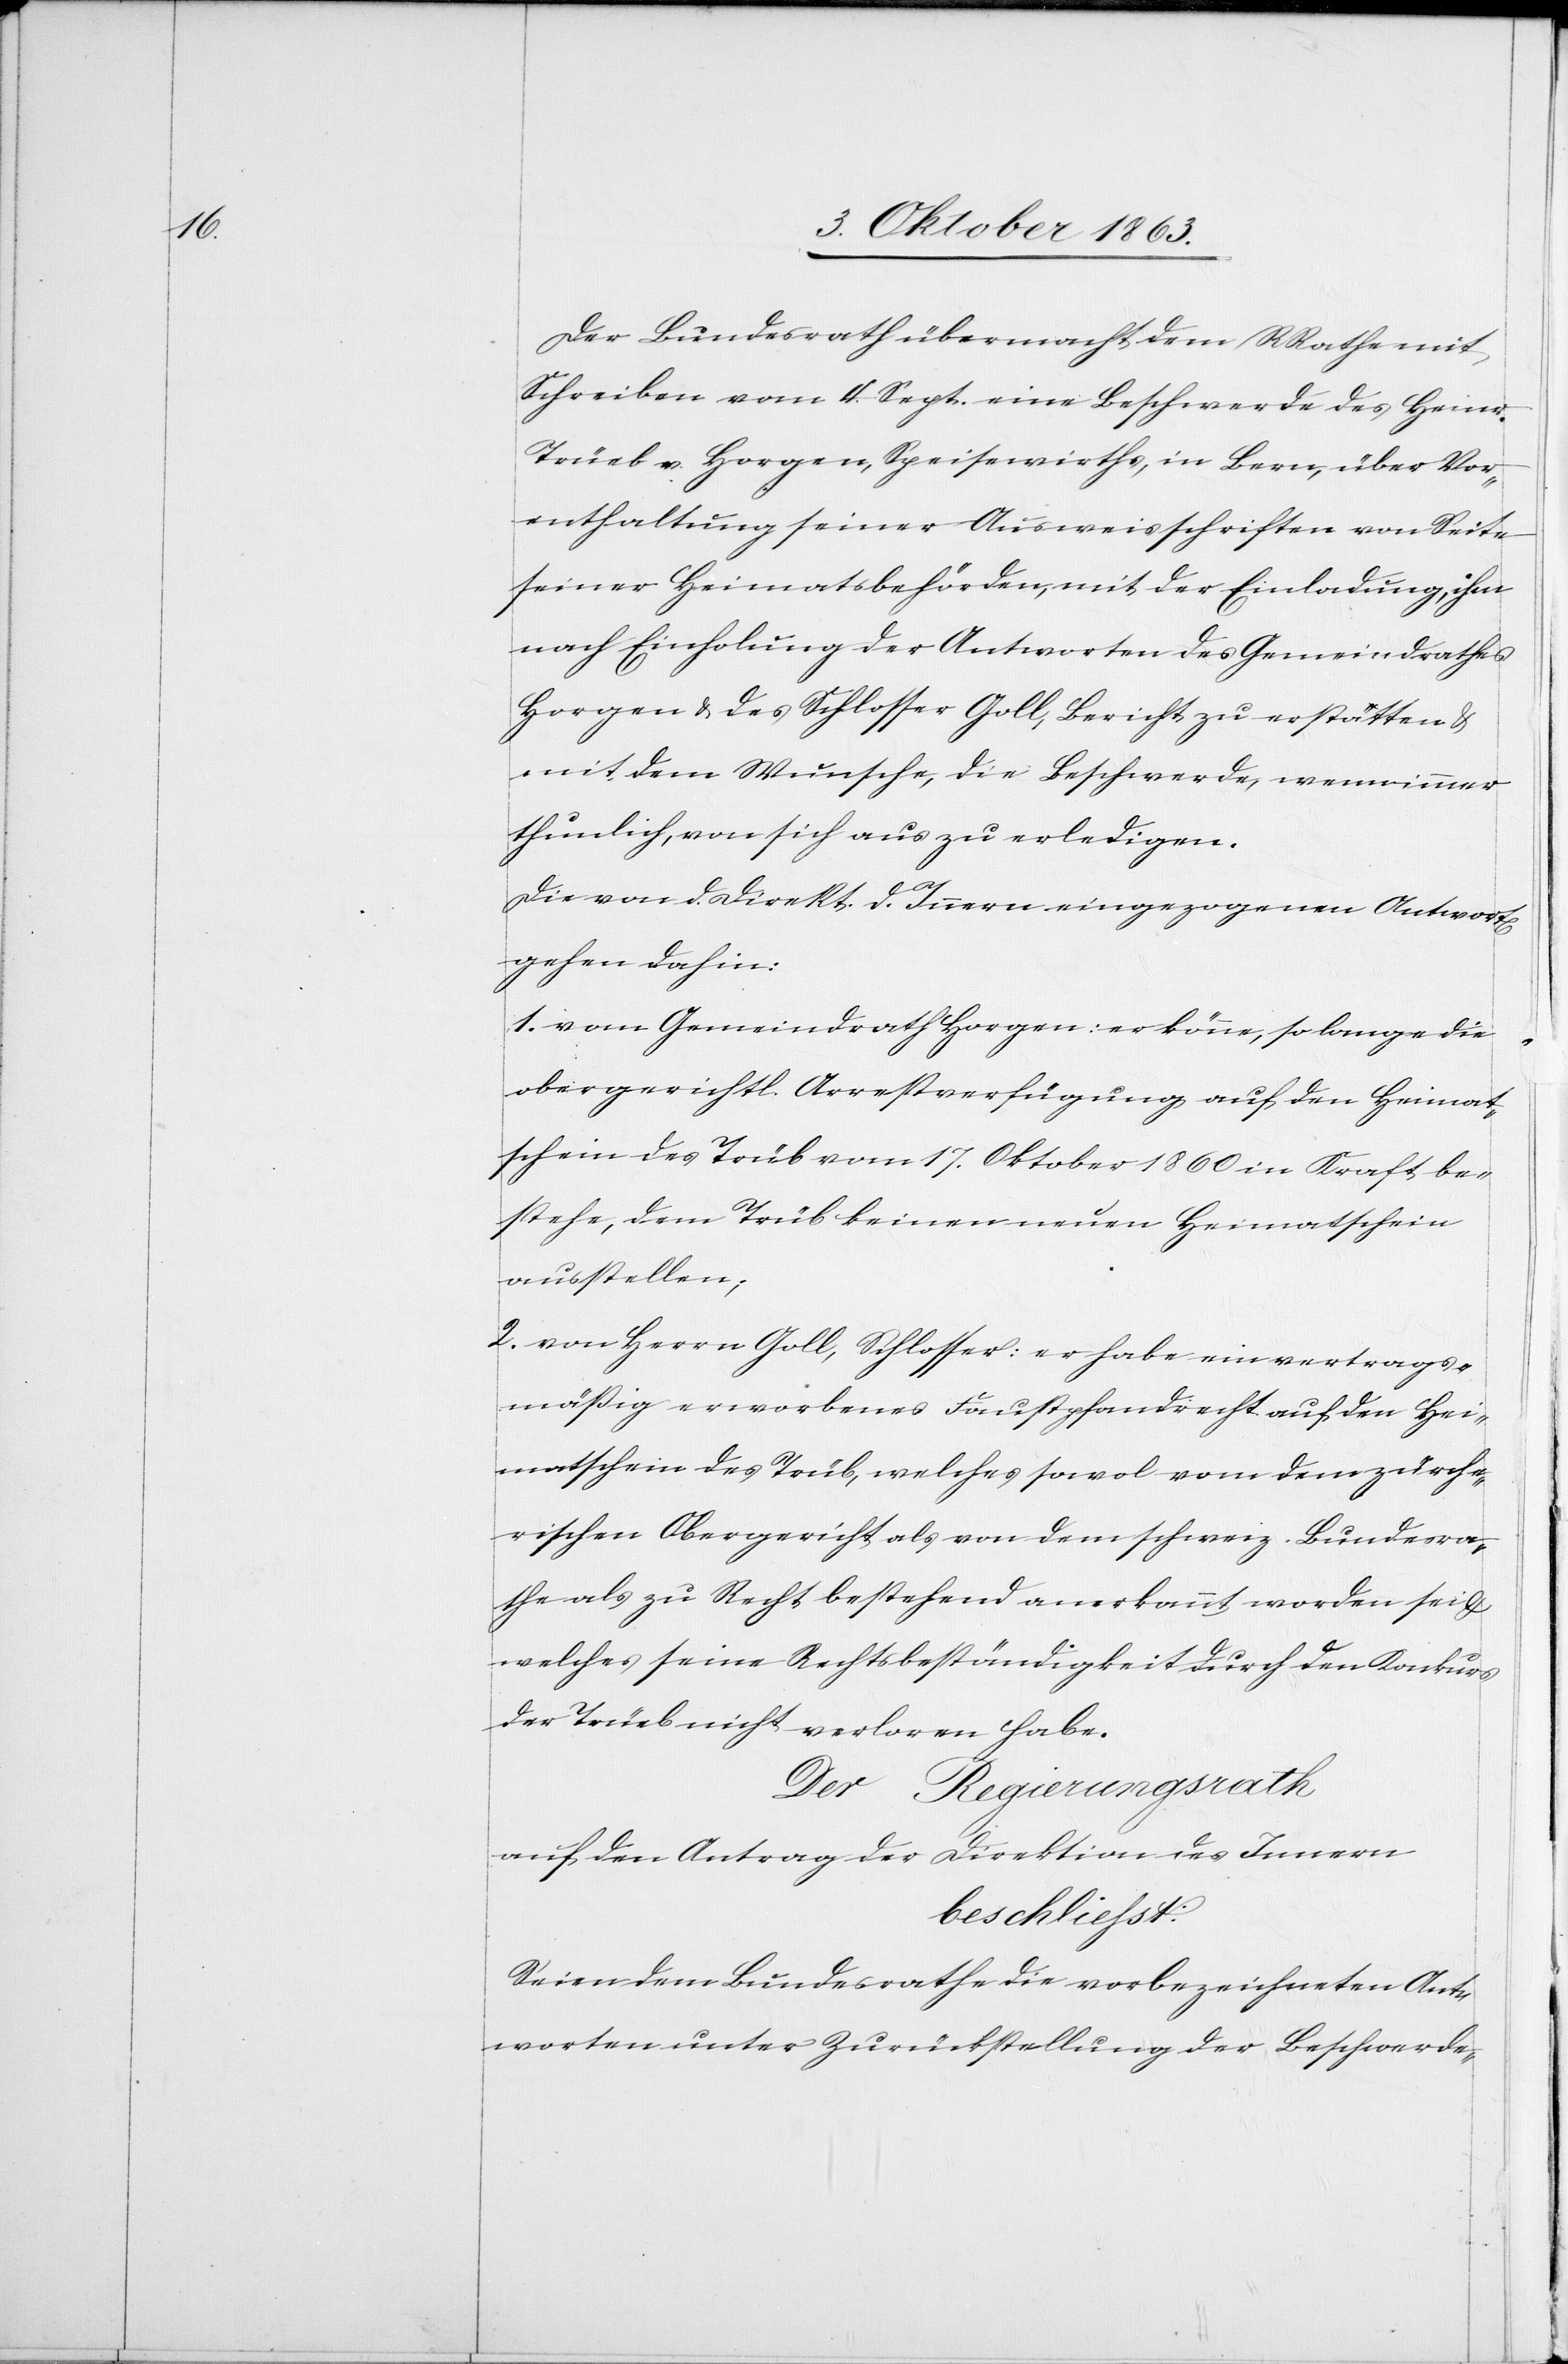
Der Bundesrath übermacht dem RRathe mit
Schreiben vom 4. Sept. eine Beschwerde des Heinr.
Trüeb v. Horgen, Speisewirths, in Bern, über Vor¬
enthaltung seiner Ausweisschriften von Seite
seiner Heimatsbehörden, mit der Einladung, ihm
nach Einholung der Antworten des Gemeindrathes
Horgen & des Schlosser Goll, Bericht zu erstatten &
mit dem Wunsche, die Beschwerde, wenn immer
thunlich, von sich aus zu erledigen.
Die von d. Direkt. d. Innern eingezogenen Antwort[en]
gehen dahin:
1. vom Gemeindrath Horgen: er könne, so lange die
obergerichtl. Arrestverfügung auf den Heimat¬
schein des Trüb vom 17. Oktober 1860 in Kraft be¬
stehe, dem Trüb [sic!] keinen neuen Heimatschein
ausstellen;
2. von Herrn Goll, Schlosser: er habe ein vertrags¬
mäßig erworbenes Faustpfandrecht auf den Hei¬
matschein des Trüb, welches sowol vom dem zürche¬
rischen Obergericht als von dem schweiz. Bundesra¬
the als zu Recht bestehend anerkannt worden sei &
welches seine Rechtsbeständigkeit durch den Konkurs
der Trüeb nicht verloren habe.
Der Regierungsrath
auf den Antrag der Direktion des Innern
beschliesst:
Seien dem Bundesrathe die vorbezeichneten Ant¬
worten unter Zurückstellung der Beschwerde-